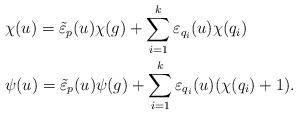
LaTeX: \begin{align*}& \chi(u) = \tilde{\varepsilon}_p(u)\chi(g) + \sum_{i = 1}^k \varepsilon_{q_i}(u)\chi(q_i) \\ &\psi(u) = \tilde{\varepsilon}_p(u)\psi(g) + \sum_{i = 1}^k \varepsilon_{q_i}(u)(\chi(q_i) + 1).\end{align*}